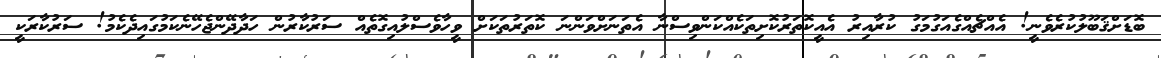
ބޮޑަށްޤަބޫލުކުރެވެނީ! އެއްޗެއްގެއަގުމަގު ކުރާއިރު އެއީކޮތަރުކޮށިތަކެއްކަންވިސްނާ އެތަނަށްވަންނަ ކޮތަރުތަކަށް ވީހާވެސްލުއިގޮތެއް ސަރުކާރުން ހަދާދޭންޖެހޭނެކަމުގައިދެކެމު! ސަރުކާރަކީ